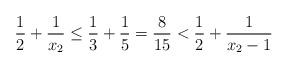
LaTeX: \begin{align*}\frac{1}{2} + \frac{1}{x_2} \leq \frac{1}{3} + \frac{1}{5} = \frac{8}{15} < \frac{1}{2} + \frac{1}{x_2-1}\end{align*}